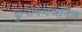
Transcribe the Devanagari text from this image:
कुपोषणजनित